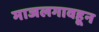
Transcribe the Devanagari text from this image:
माजलगावहून